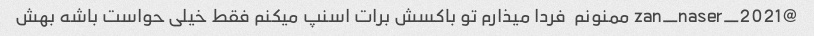
@zan_naser_2021 ممنونم  فردا میذارم تو باکسش برات اسنپ میکنم فقط خیلی حواست باشه بهش